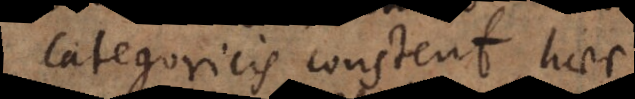
categoricis constent, haec